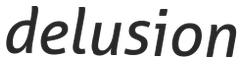
delusion